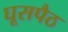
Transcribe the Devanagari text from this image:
घूसपैठ